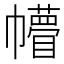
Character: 𢅴